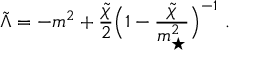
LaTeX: \tilde { \Lambda } = - m ^ { 2 } + { \frac { \tilde { \chi } } { 2 } } \Big ( 1 - { \frac { \tilde { \chi } } { m _ { \star } ^ { 2 } } } \Big ) ^ { - 1 } \ .